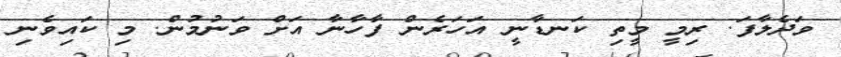
ވަދެލާފަ. ރިމީ މީތި ކަނޑާނީ އަހަރެން ފާހާނާ އަށް ވަނުމުން. މި ކައިވެނި